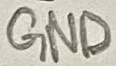
Text: GND